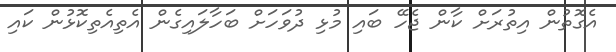
އެގޮތުން އިތުރަށް ކާން ޖެހޭ ބައި މުޅި ދުވަހަށް ބަހާލައިގެން އެތިއެތިކޮޅުން ކައި